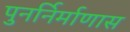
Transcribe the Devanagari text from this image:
पुनर्निर्माणास